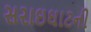
સરાઇઘાટની